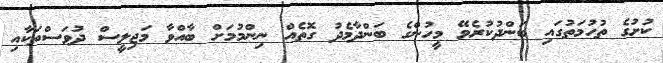
ކުށުގެ ތުހުމަތުގައި ބަންދުކުރެވޭ މީހުންގެ ބަންދާމެދު ގޮތެއް ނިންމުމަށް ބާއްވާ މަޖިލީސް ދުވަސްތަކާއި